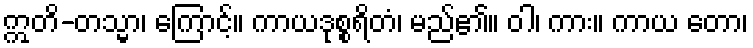
ဣတိ-တသ္မာ၊ ကြောင့်။ ကာယဒုစ္စရိတံ၊ မည်၏။ ဝါ၊ ကား။ ကာယ တော၊